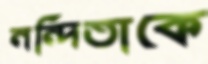
নন্দিতাকে